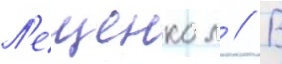
Л'ещенко л // В